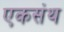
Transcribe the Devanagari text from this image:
एकसंथ